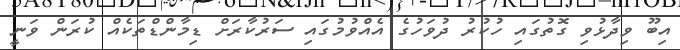
އިބޫ ވިދާޅުވި ގޮތުގައިި ހުކުރު ދުވަހުގެ އެއްވުމުގައި ސަރުކާރަށް ޑިމާންޑްތަކެއް ކުރަން ވަނީ